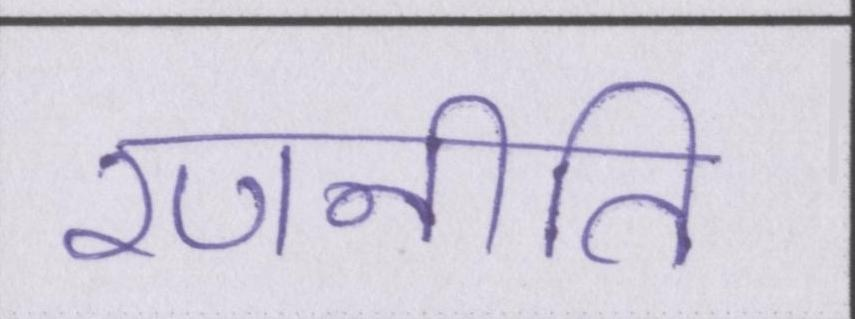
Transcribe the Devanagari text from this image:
रणनीति